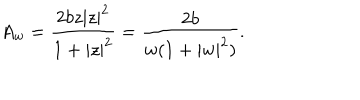
A _ { w } = \frac { 2 b z | z | ^ { 2 } } { 1 + | z | ^ { 2 } } = \frac { 2 b } { w ( 1 + | w | ^ { 2 } ) } .